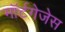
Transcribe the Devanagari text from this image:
मॉर्टगेजेस